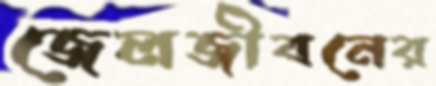
জেলজীবনের